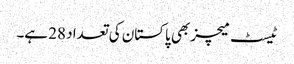
ٹیسٹ میچز بھی پاکستان کی تعداد 28 ہے۔